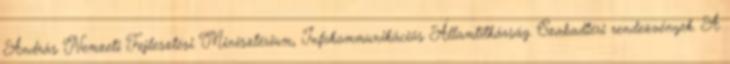
András Nemzeti Fejlesztési Minisztérium, Infokommunikációs Államtitkárság. Szabadtéri rendezvények. A